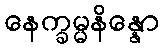
နေက္ခမ္မနိန္နော